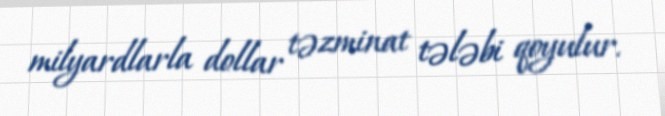
milyardlarla dollar təzminat tələbi qoyulur.